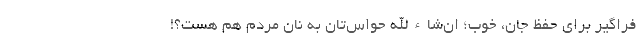
فراگیر برای حفظ جان، خوب؛ ان‌شاء‌الله حواس‌تان به نان مردم هم هست؟!